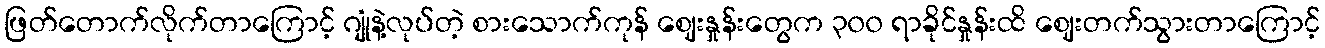
ဖြတ်တောက်လိုက်တာကြောင့် ဂျုံနဲ့လုပ်တဲ့ စားသောက်ကုန် ဈေးနှုန်းတွေက ၃၀၀ ရာခိုင်နှုန်းထိ ဈေးတက်သွားတာကြောင့်